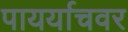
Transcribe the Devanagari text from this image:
पायर्याचवर